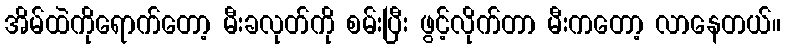
အိမ်ထဲကိုရောက်တော့ မီးခလုတ်ကို စမ်းပြီး ဖွင့်လိုက်တာ မီးကတော့ လာနေတယ်။